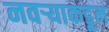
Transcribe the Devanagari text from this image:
नवऱ्याकडून